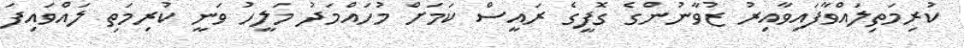
ކުރިމަތިލައްވާފައިވާއިރު ޒުވާނުންގެ ގޮފީގެ ރައީސް ކަމަށް މުހައްމަދު މަލީހު ވަނީ ކުރިމަތި ލައްވައިފަ